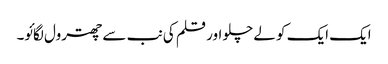
ایک ایک کو لے چلو اور قلم کی نب سے چھترول لگائو۔